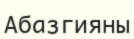
Абазгияны